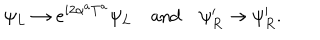
LaTeX: \psi _ { L } \to e ^ { i 2 \alpha ^ { a } T ^ { a } } \psi _ { L } \quad \mathrm { a n d } \quad \psi _ { R } ^ { \prime } \to \psi _ { R } ^ { \prime } .